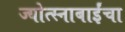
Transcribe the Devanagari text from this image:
ज्योत्स्नाबाईंचा